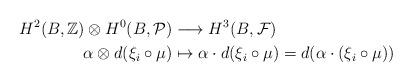
LaTeX: \begin{align*}H^2(B, \mathbb{Z})\otimes H^0(B, \mathcal{P})&\longrightarrow H^3(B, \mathcal{F})\\\alpha\otimes d(\xi_i\circ\mu)&\mapsto\alpha\cdot d(\xi_i\circ\mu)=d(\alpha\cdot(\xi_i\circ\mu))\end{align*}